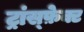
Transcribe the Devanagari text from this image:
ट्रांस्फ़ेक्ट